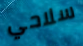
سلاحي